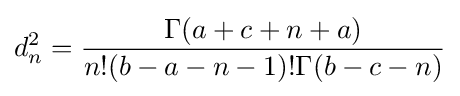
d_{n}^{2}={\frac {\Gamma (a+c+n+a)}{n!(b-a-n-1)!\Gamma (b-c-n)}}